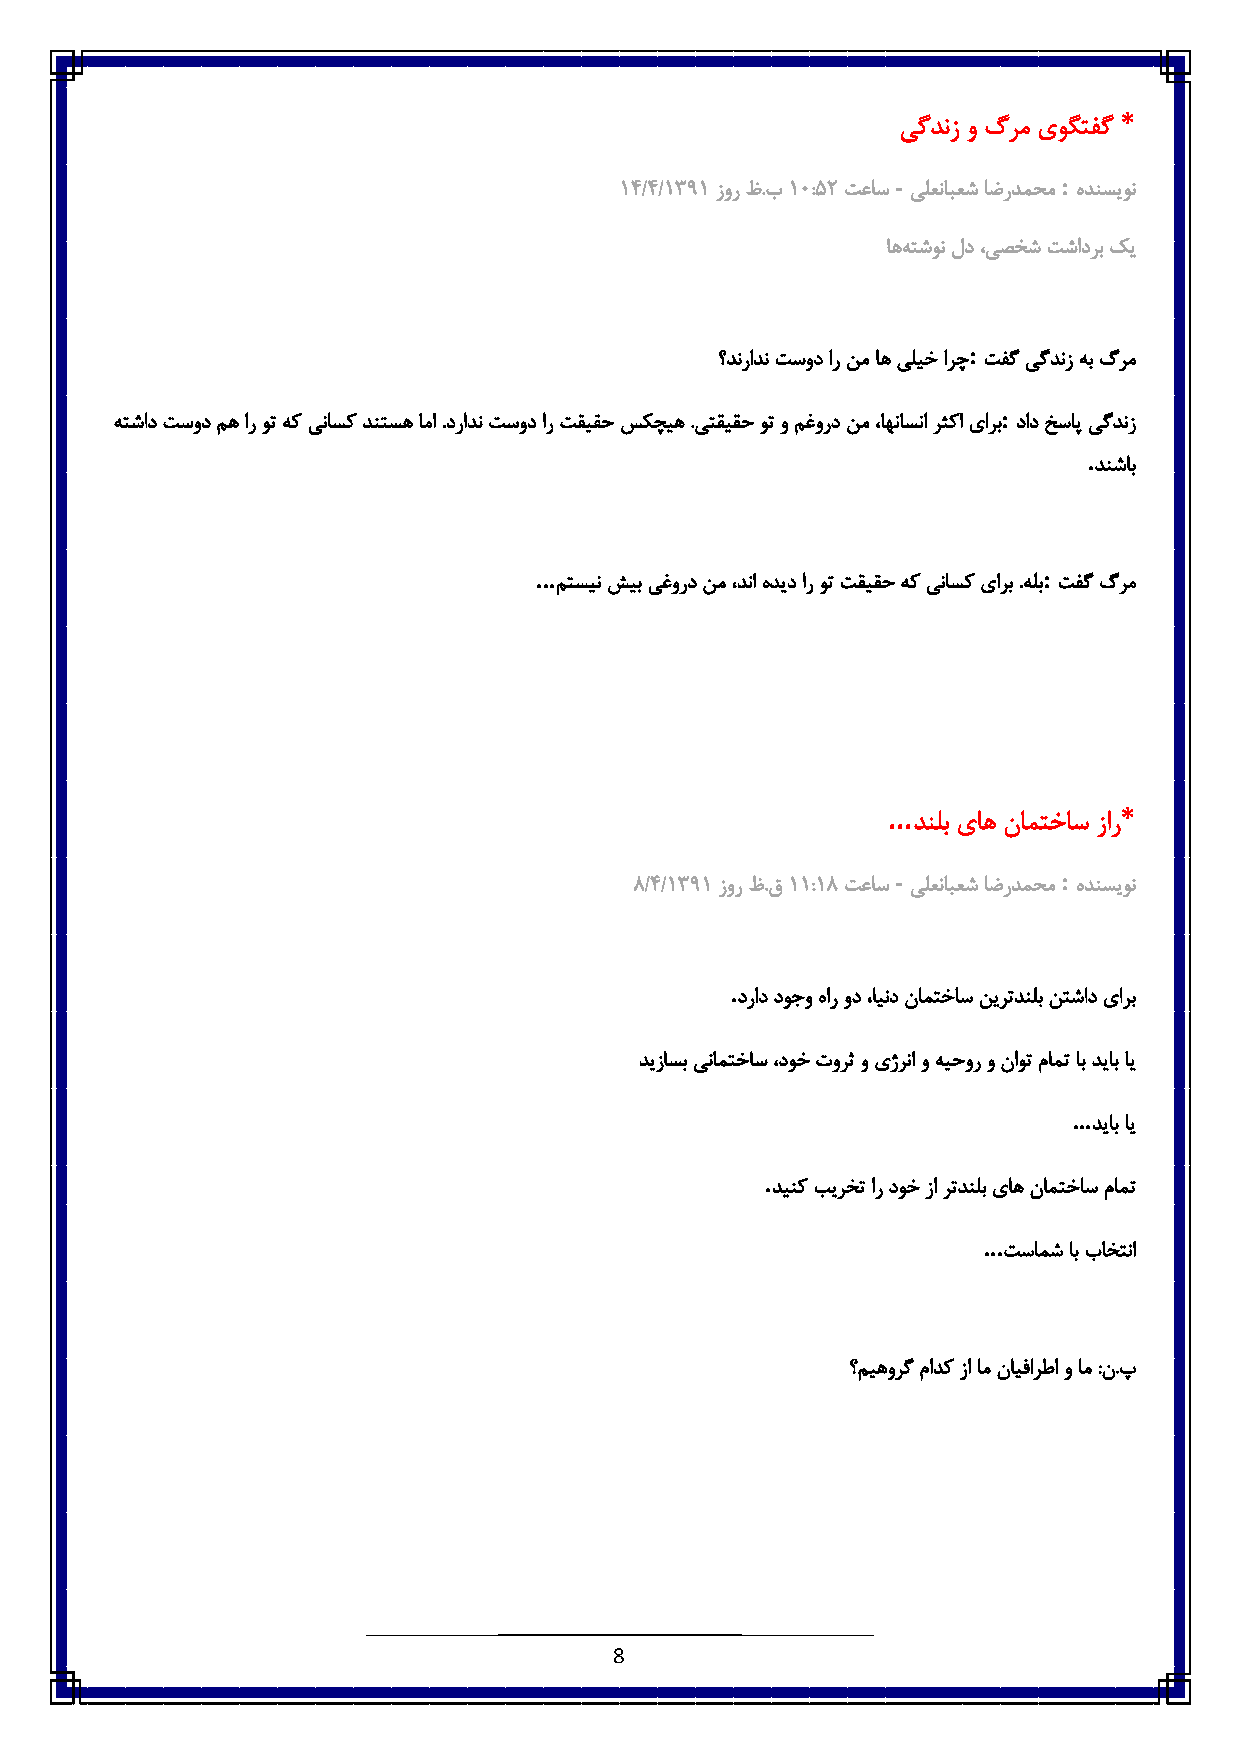
*
 یگدنز و گرم یوگتفگ
 -          :
 6٠/٠/6836 زور ظ.ب6 ٥:٠: تعاس یلعنابعش اضردمحم هدنسیون
 اهه تشون لد ،یصخش تشادرب کی
 :
 ؟دنرادن تسود ار نم اه یلیخ ارچ تفگ یگدنز هب گرم
 :
 هتشاد تسود مه ار وت هک یناسک دنتسه اما .درادن تسود ار تقیقح سکچیه .یتقیقح وت و مغورد نم ،اهناسنا رثکا یارب داد خساپ یگدنز
 .
 دنشاب
 ...                               :
 متسین شیب یغورد نم ،دنا هدید ار وت تقیقح هک یناسک یارب .هلب تفگ گرم
 ...            *
 دنلب یاه نامتخاس زار
 -          :
 3/٠/6836 زور ظ.ق6 6:63 تعاس یلعنابعش اضردمحم هدنسیون
 .
 دراد دوجو هار ود ،ایند نامتخاس نیرتدنلب نتشاد یارب
 دیزاسب ینامتخاس ،دوخ تورث و یژرنا و هیحور و ناوت مامت اب دیاب ای
 ...
 دیاب ای
 .
 دینک بیرخت ار دوخ زا رتدنلب یاه نامتخاس مامت
 ...
 تسامش اب باختنا
 ؟میهورگ مادک زا ام نایفارطا و ام :ن.پ
 8